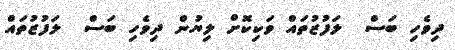
ދިވެހި ބަސް  ލަފުޒުތައް ވަކިކޮށް ލިޔުން ދިވެހި ބަސް  ލަފުޒުތައް